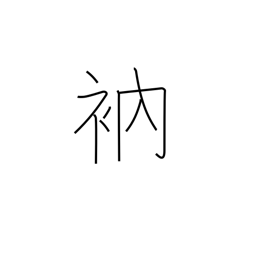
Meaning: mend